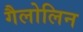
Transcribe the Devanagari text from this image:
गैलोलिन